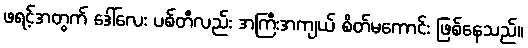
ဖရင့်အတွက် ဒေါ်လေး ပစ်တီလည်း အကြီးအကျယ် စိတ်မကောင်း ဖြစ်နေသည်။